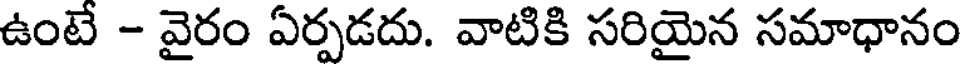
ఉంటే - వైరం ఏర్పడదు. వాటికి సరియైన సమాధానం